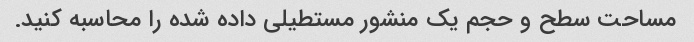
مساحت سطح و حجم یک منشور مستطیلی داده شده را محاسبه کنید.